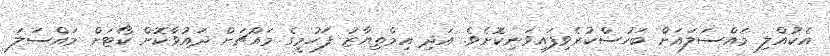
އެކުއްލި މައްސަލައަށް ބަހުސްކުރެވިފައިވަނިކޮށެވެ. އަދި އިމްތިޔާޒު ފަހުމީގެ މައްޗަށް ދައުވާކޮށް ކޯޓަށް މައްސަލަ